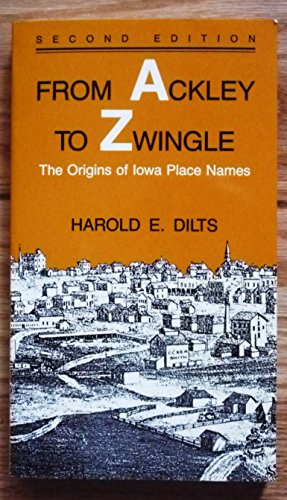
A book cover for From Ackley to Zwingle: The Origins of Iowa Place Names; Harold E. Dilts; Travel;